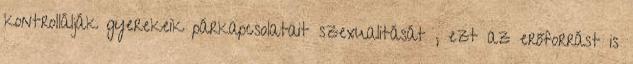
kontrollálják gyerekeik párkapcsolatait szexualitását , ezt az erőforrást is